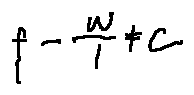
f - \frac { w } { 1 } \neq c